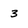
Character: 3